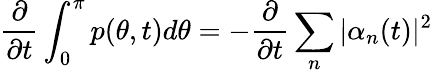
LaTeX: \frac{\partial}{\partial t}\int_{0}^{\pi}p(\theta,t)d\theta=-\frac{\partial}{\partial t}\sum_{n}\vert\alpha_{n}(t)\vert^{2}